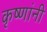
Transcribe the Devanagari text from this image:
कृष्णांनी